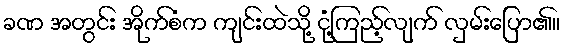
ခဏ အတွင်း အိုက်စံက ကျင်းထဲသို့ ငုံ့ကြည့်လျက် လှမ်းပြော၏။